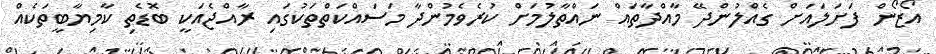
އޯޒޯން ފަށަލައަށް ގެއްލުންދޭ މާއްދާތައް ނައްތާލުމަށް ކުރެވެމުންދާ މަސައްކަތްތަކުގައި ރާއްޖެއަކީ ބޮޑެތި ކާމިޔާބީތަކެއް